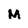
Character: M